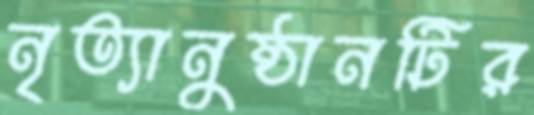
নৃত্যানুষ্ঠানটির